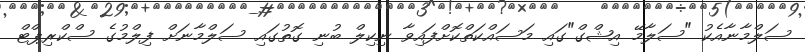
ސަލްމާނާއެކު "ސަލާމޭ އިޝްގް"ގައި މަސައްކަތްކޮށްފައިވާ ނިކިލް ބުނި ގޮތުގައި ސަލްމާނަށް ފިލްމުގެ ސްކްރިޕްޓް